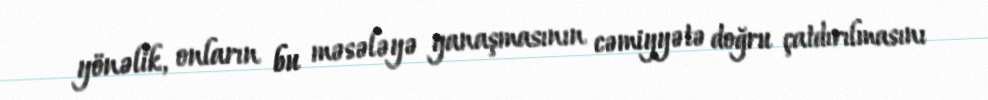
yönəlik, onların bu məsələyə yanaşmasının cəmiyyətə doğru çatdırılmasını